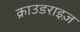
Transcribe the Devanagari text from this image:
क्राउडराइज़